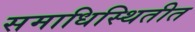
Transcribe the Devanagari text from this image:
समाधिस्थितीत